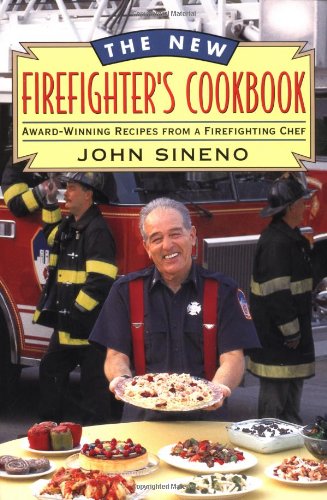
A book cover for New Firefighter's Cookbook; John Sineno; Cookbooks, Food & Wine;